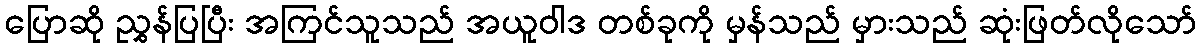
ပြောဆို ညွှန်ပြပြီး အကြင်သူသည် အယူဝါဒ တစ်ခုကို မှန်သည် မှားသည် ဆုံးဖြတ်လိုသော်